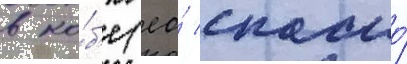
в ко́б'е (ео́ спасло́